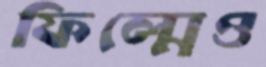
ফিল্মেও